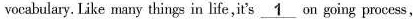
vocabulary. Like many things in life, it's \underline{1} on going process,